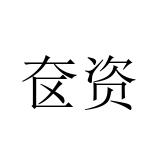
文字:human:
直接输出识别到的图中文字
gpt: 奁资